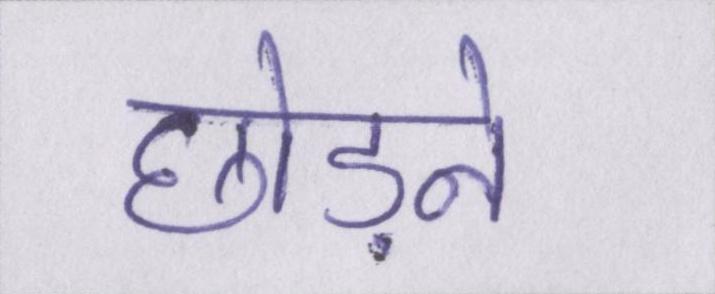
छोड़ने